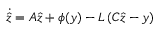
{ \dot { \hat { z } } } = A { \hat { z } } + \phi ( y ) - L \left( C { \hat { z } } - y \right)